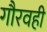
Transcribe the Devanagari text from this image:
गौरवही